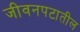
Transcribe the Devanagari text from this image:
जीवनपटातील